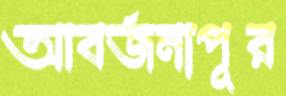
আবর্জনাপূর